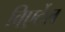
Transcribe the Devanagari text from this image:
विएर्टेल